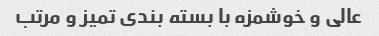
عالی و خوشمزه با بسته بندی تمیز و مرتب